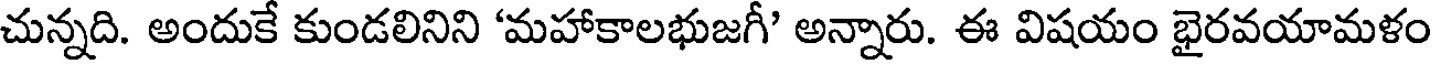
చున్నది. అందుకే కుండలినిని 'మహాకాలభుజగీ' అన్నారు. ఈ విషయం భైరవయామళం